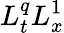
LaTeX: L_{t}^{q}L_{x}^{1}